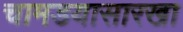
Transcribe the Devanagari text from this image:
चामडयासारखा